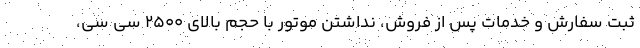
ثبت سفارش و خدمات پس از فروش، نداشتن موتور با حجم بالای ۲۵۰۰ سی سی،